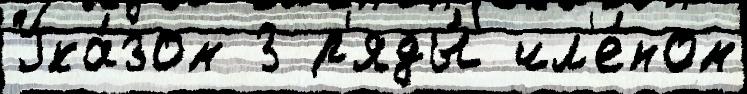
Ука́зом 3 р'яды́ чл'е́ном